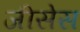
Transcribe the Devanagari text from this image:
जीसेस